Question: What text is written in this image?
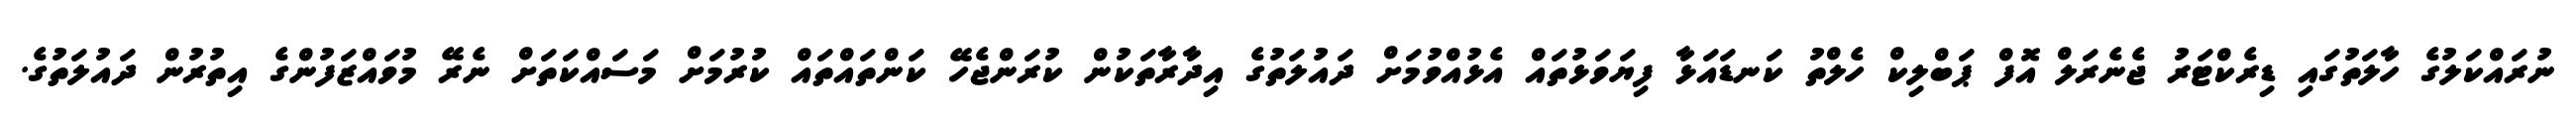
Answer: ނުރައްކަލުގެ ހާލަތުގައި ޑިރެކްޓަރު ޖެނެރަލް އޮފް ޕަބްލިކް ހެލްތު ކަނޑައަޅާ ފިޔަވަޅުތައް އެޅުއްވުމަށް ދައުލަތުގެ އިދާރާތަކުން ކުރަންޖެހޭ ކަންތައްތައް ކުރުމަށް މަސައްކަތަށް ނެރޭ މުވައްޒަފުންގެ އިތުރުން ދައުލަތުގެ.